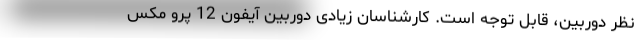
نظر دوربین، قابل توجه است. کارشناسان زیادی دوربین آیفون 12 پرو مکس